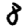
Digit: 8